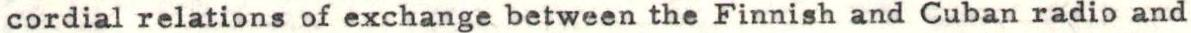
cordial relations of exchange between the Finnish and Cuban radio and